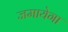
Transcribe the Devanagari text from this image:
जमायेगा